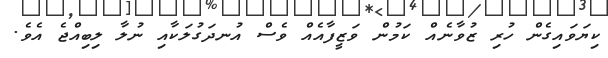
ކިޔަވައިގެން ހުރި ޒުވާނެއް ކަމުން ވަޒީފާއެއް ވެސް އުނދަގުލަކާއި ނުލާ ލިބިއްޖެ އެވެ.